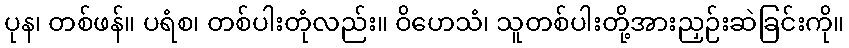
ပုန၊ တစ်ဖန်။ ပရံစ၊ တစ်ပါးတုံလည်း။ ဝိဟေသံ၊ သူတစ်ပါးတို့အားညှဉ်းဆဲခြင်းကို။